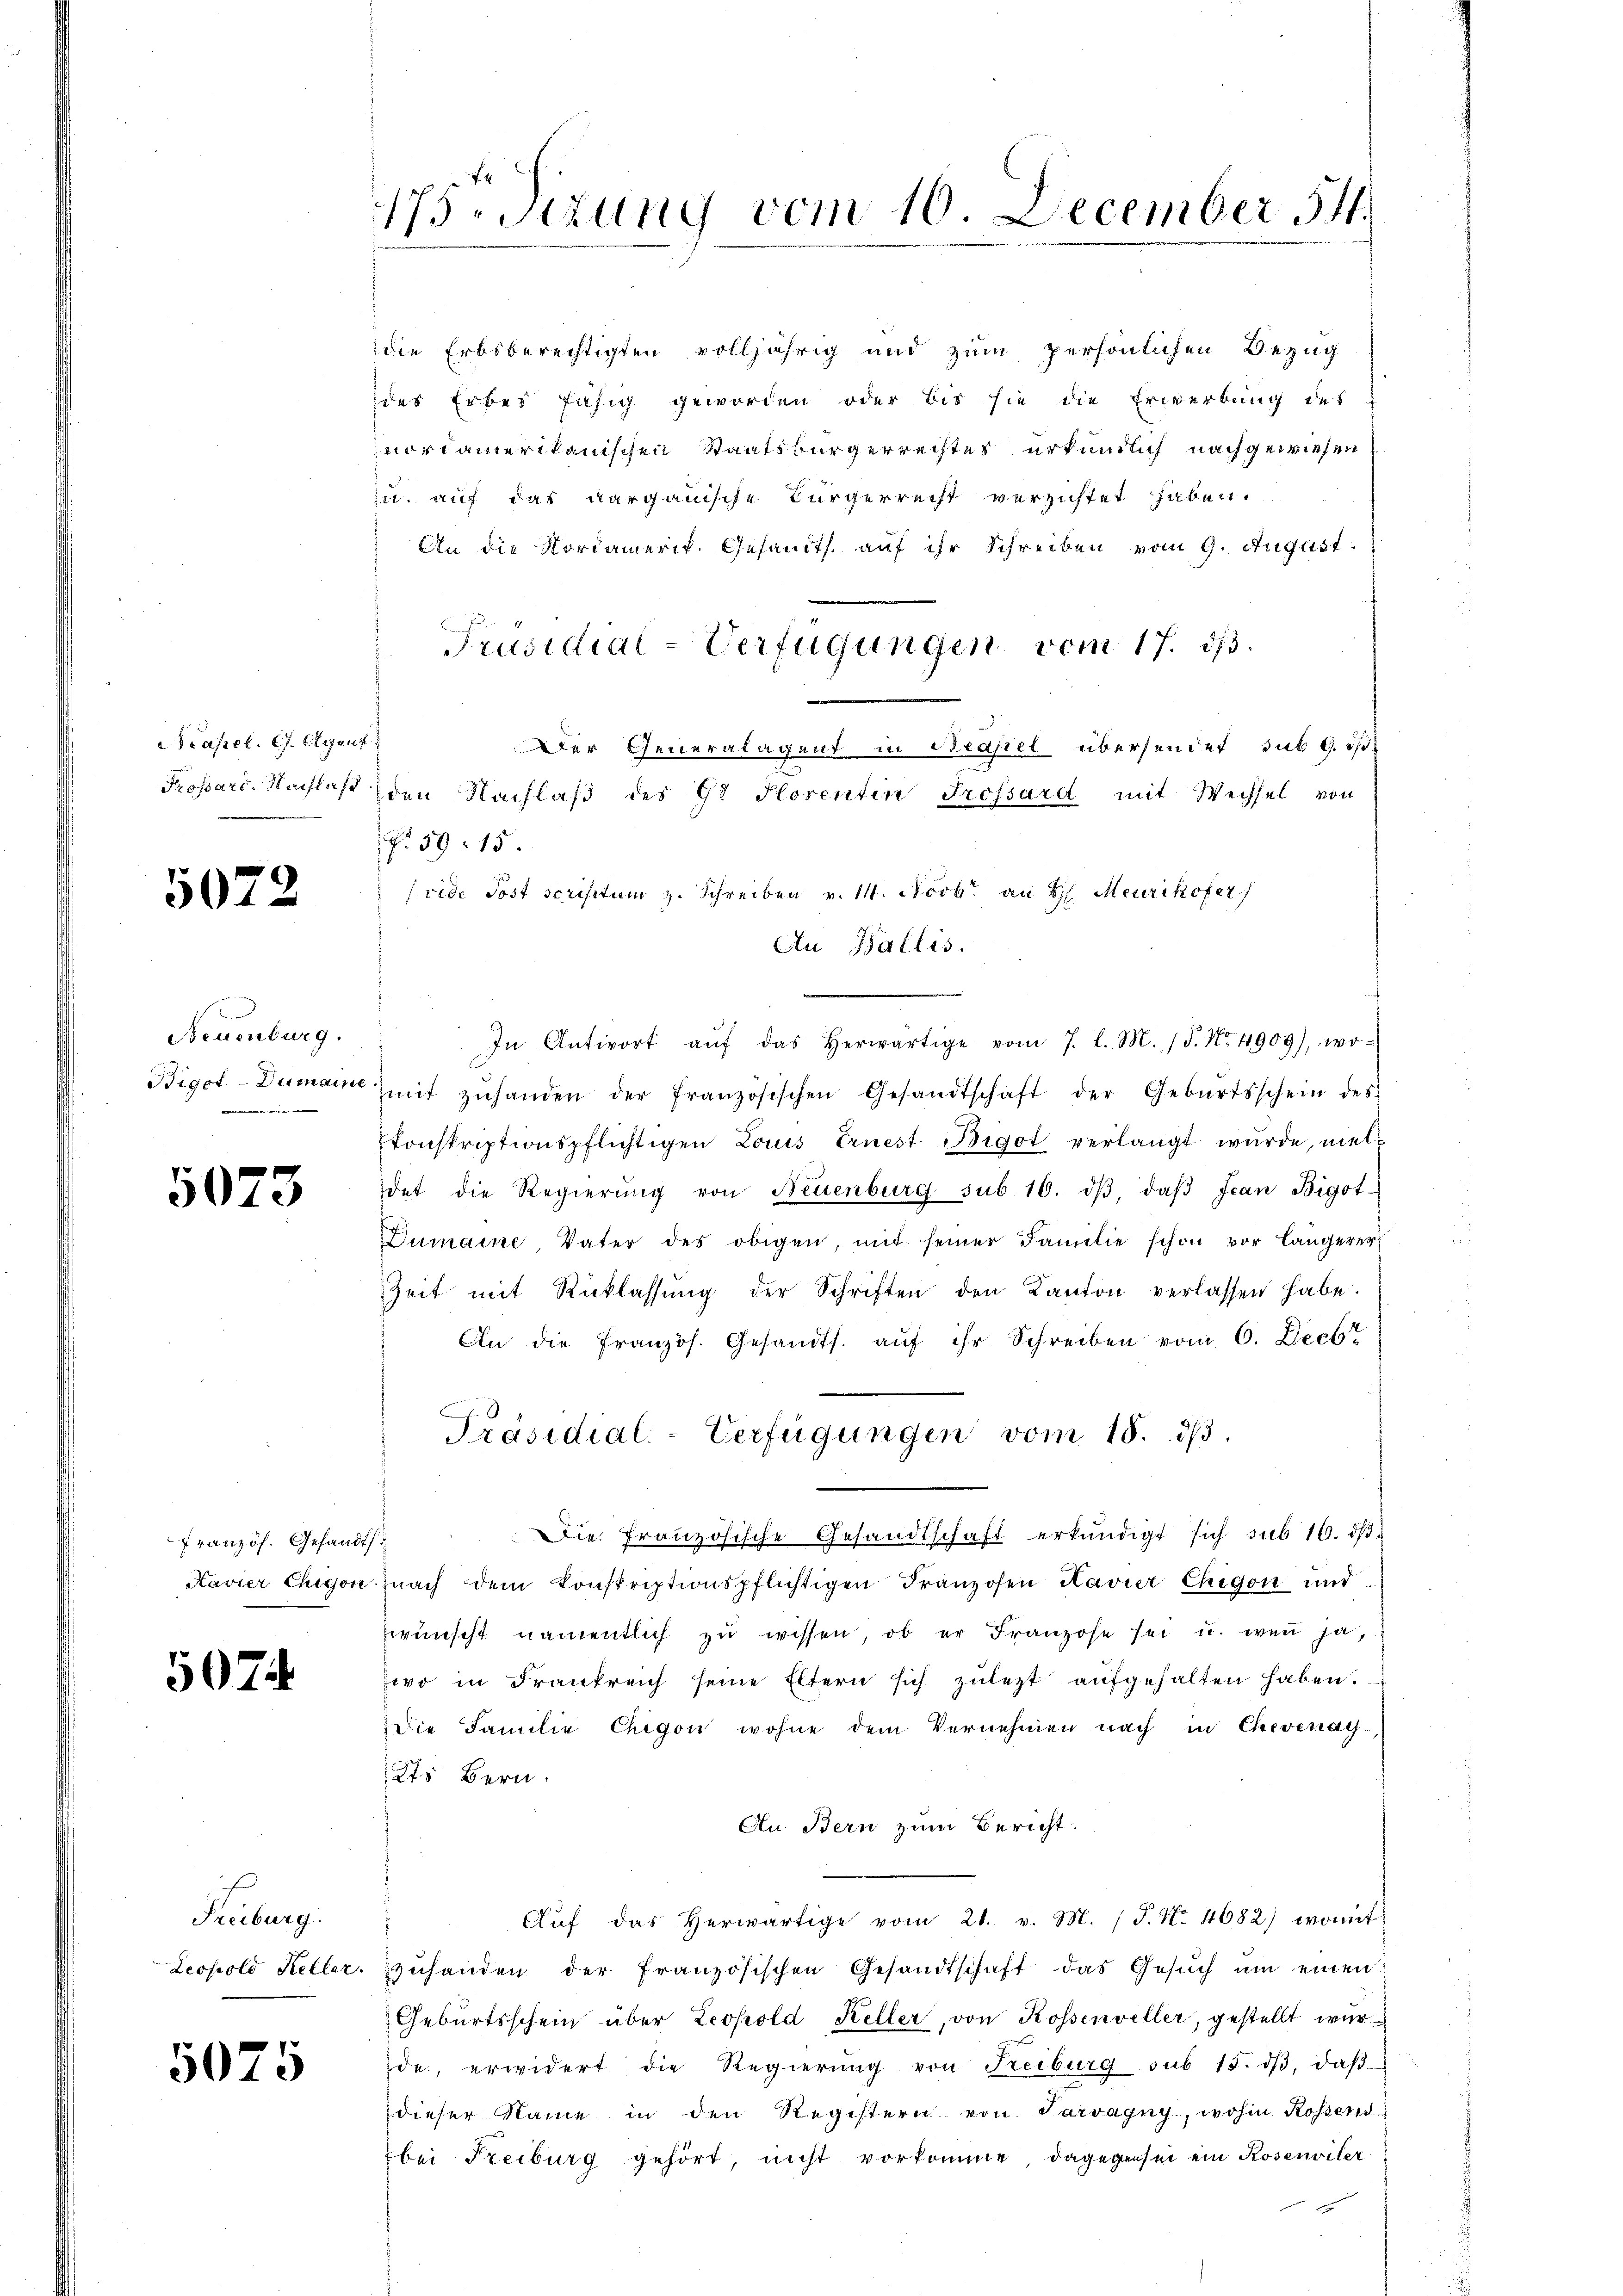
cassel. C. Agent

5072

Neuenburg.

5073

französ. Gesandts

5074.

Freiburg.

5075

175. Sizung vom 10. December 54.

die Erbsberechtigten volljährig und zum persönlichen Bezug
des Erbes fähig geworden oder bis sie die Erwerbung des
norsamerikanischen Staatsbürgerrechtes urkundlich nachgewiesen
n. auf das aargauische Bürgerrecht verzichtet haben.
An die Nordamerik. Gesandts. auf ihr Schreiben vom 9. August.
Präsidial-Verfügungen vom 17. ds.
Der Generalagent in Basel übersendet sub b. ist
Propard. Nachlast den Nachlaβ des 9t Plosentin Trossard mit Wechsel von
 59. 15
An Wallis.
In Antwort aŭf das herwärtige vom 7. d. M. 18. No. 4909), wo-
Bigot-Dumain mit zŭhanden der französischen Gesandtschaft der Geburtsschein des
konskriptionspflichtigen Louis Ernest Bigot verlangt wurde, miet
det die Regierŭng von Neuenburg sub 10. dβ, daβ Jean Bigot-
Dumaine Vater des obigen, mit seiner Familie schon vor längerer
Zeit mit Rücklassŭng der Schriften den Kanton verlassen habe.
An die Französ. Gesandts. aŭf ihr Schreiben vom 6. Decbr
Präsidial-Verfügungen vom 18. d.
Die Französische Gesandtschaft erkundigt sich sub 16. ds.
Havier Chigon nach dem konskriptionspflichtigen Franzosen Ravier Chigon und
wünscht namentlich zŭ wissen, ob er Franzose sei u. weṅ ja,
wo in Frankreich seine Eltern sich zŭlezt aŭfgehalten haben.
Die Familie Chigon wohne dem Vernehmen nach in Chevenay-
Kts Bern.
An Bern zum Bericht.
d
Aŭf das herwärtige vom 21. v. M. (T. No. 4682) womit
Leopold Keller. zŭhanden der französischen Gesandtschaft das Gesŭch ŭm einen
Geburtsschein über Leopold Keller, von Rossenveller, gestellt wurde, erwidert die Regierŭng von Reiburg sub 15. dβ, daβ
dieser Name in den Registern von Tarvagny, wohin Rossend
bei Freiburg gehört, nicht vorkomme, dagegen sei ein Rosenwiler
e

(vide Post scristum z. Schreiben v. 14. Novbr. an H. Meurikofer/